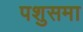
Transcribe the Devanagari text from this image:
पशुसमा